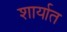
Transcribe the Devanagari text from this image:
शार्यात